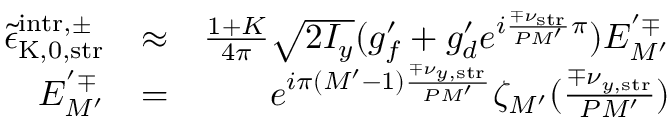
\begin{array} { r l r } { \tilde { \epsilon } _ { \mathrm { K , 0 , s t r } } ^ { \mathrm { i n t r } , \pm } } & { \approx } & { \frac { 1 + K } { 4 \pi } \sqrt { 2 I _ { y } } ( g _ { f } ^ { \prime } + g _ { d } ^ { \prime } e ^ { i \frac { \mp \nu _ { \mathrm { s t r } } } { P M ^ { \prime } } \pi } ) E _ { M ^ { \prime } } ^ { ' \mp } } \\ { E _ { M ^ { \prime } } ^ { ' \mp } } & { = } & { e ^ { i \pi ( M ^ { \prime } - 1 ) \frac { \mp \nu _ { y , \mathrm { s t r } } } { P M ^ { \prime } } } \zeta _ { M ^ { \prime } } ( \frac { \mp \nu _ { y , \mathrm { s t r } } } { P M ^ { \prime } } ) } \end{array}